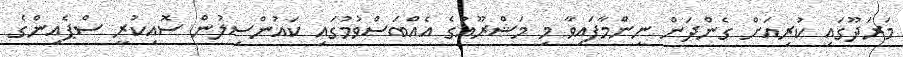
މަރަދޫގައި ކުރިއަށް ގެންދަން ނިންމާފައިވާ މި މަޝްރޫއުގެ އެއްބަސްވުމުގައި ކައުންސިލުން ސޮއިކުރީ ސްޕެއިންގެ